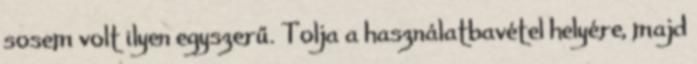
sosem volt ilyen egyszerű. Tolja a használatbavétel helyére, majd